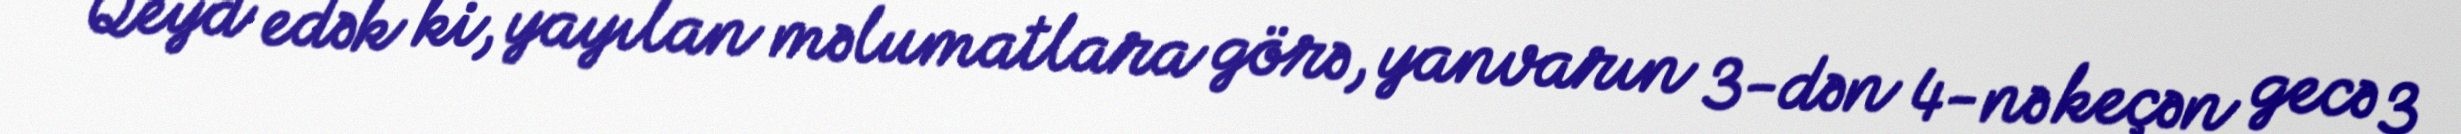
Qeyd edək ki, yayılan məlumatlara görə, yanvarın 3-dən 4-nə keçən gecə 3